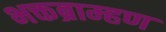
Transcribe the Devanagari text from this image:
भक्तब्राम्हण